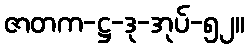
ဇာတက-ဋ္ဌ-ဒု-အုပ်-၅၂။